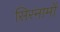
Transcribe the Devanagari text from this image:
सिरनामों